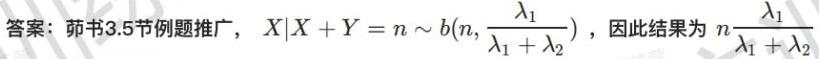
答案：茆书3.5节例题推广，$X|X + Y = n \sim b(n,\frac{\lambda_1}{\lambda_1 + \lambda_2})$，因此结果为$n\frac{\lambda_1}{\lambda_1 + \lambda_2}$